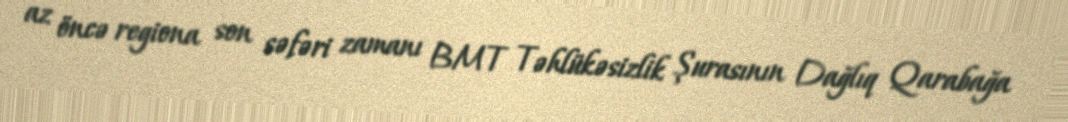
az öncə regiona son səfəri zamanı BMT Təhlükəsizlik Şurasının Dağlıq Qarabağa